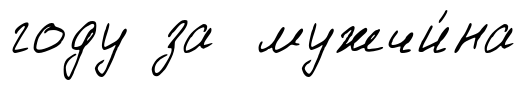
году за мужчи́на